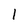
Character: 1